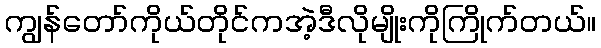
ကျွန်တော်ကိုယ်တိုင်ကအဲ့ဒီလိုမျိုးကိုကြိုက်တယ်။